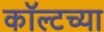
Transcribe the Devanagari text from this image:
कॉल्टच्या